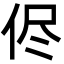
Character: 侭